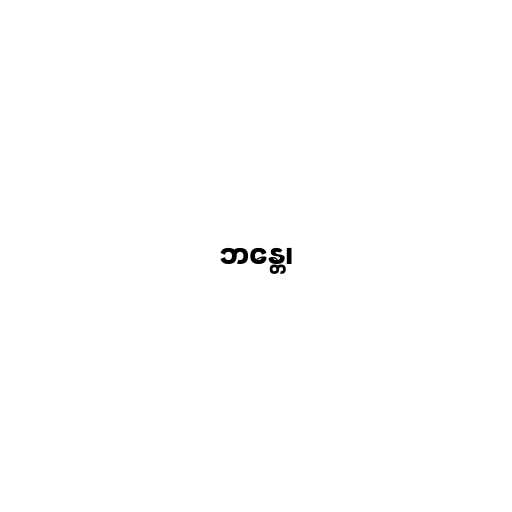
ဘန္တေ၊